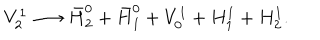
LaTeX: V _ { 2 } ^ { 1 } \longrightarrow \bar { H } _ { 2 } ^ { 0 } + \bar { H } _ { 1 } ^ { 0 } + V _ { 0 } ^ { 1 } + H _ { 1 } ^ { 1 } + H _ { 2 } ^ { 1 } .